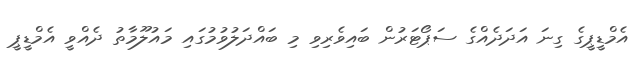
އެމްޑީޕީގެ ގިނަ އަދަދެއްގެ ސަޕޯޓަރުން ބައިވެރިވި މި ބައްދަލުވުމުގައި މައުލޫމާތު ދެއްވީ އެމްޑީޕީ